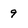
Character: 9